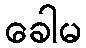
ခေါမ